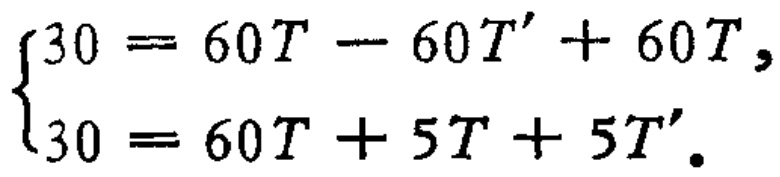
\(\begin{cases}30 = 60T - 60T' + 60T,\\30 = 60T + 5T + 5T'.\end{cases}\)